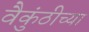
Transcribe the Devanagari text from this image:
वैकुंठीच्या